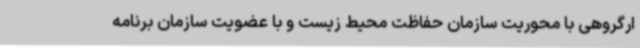
ارگروهی با محوریت سازمان حفاظت محیط زیست و با عضویت سازمان برنامه